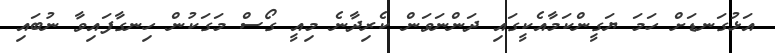
އަޅުގަނޑަށް ހަމަ ޔަގީންކަމާއެކީގައި ދަންނަވަން ކެރިދާނެ މިއީ ގޯސް މަގަކުން ހިނގާފައިވާ ނުބައި